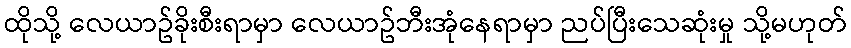
ထိုသို့ လေယာဥ်ခိုးစီးရာမှာ လေယာဥ်ဘီးအုံနေရာမှာ ညပ်ပြီးသေဆုံးမှု သို့မဟုတ်